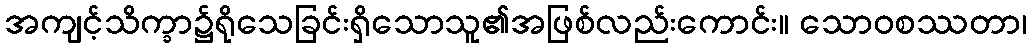
အကျင့်သိက္ခာ၌ရိုသေခြင်းရှိသောသူ၏အဖြစ်လည်းကောင်း။ သောဝစဿတာ၊